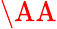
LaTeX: \textrm{\AA{}}